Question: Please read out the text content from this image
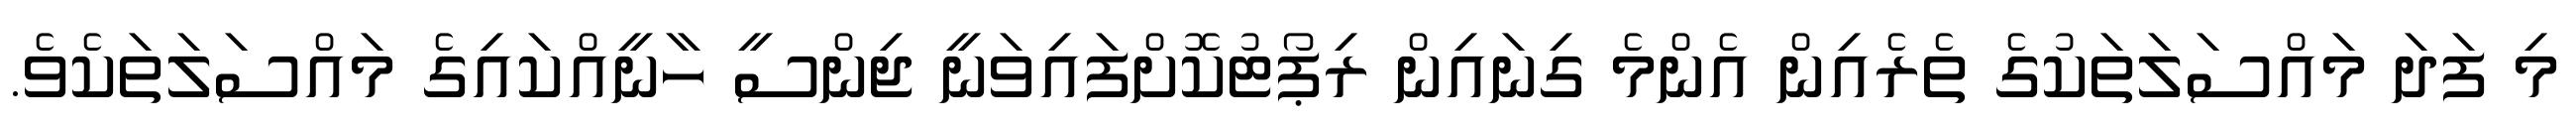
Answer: މި ފަދަ މައްސަލަތަކުގެ ތެރެއިން އެންމެ ގިނައިން ރިޕޯޓުކޮށްފައިވަނީ ޖިންސީ ހާނީއްކައިގެ މައްސަލަތަކެވެ.